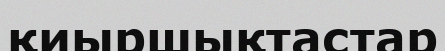
қиыршықтастар